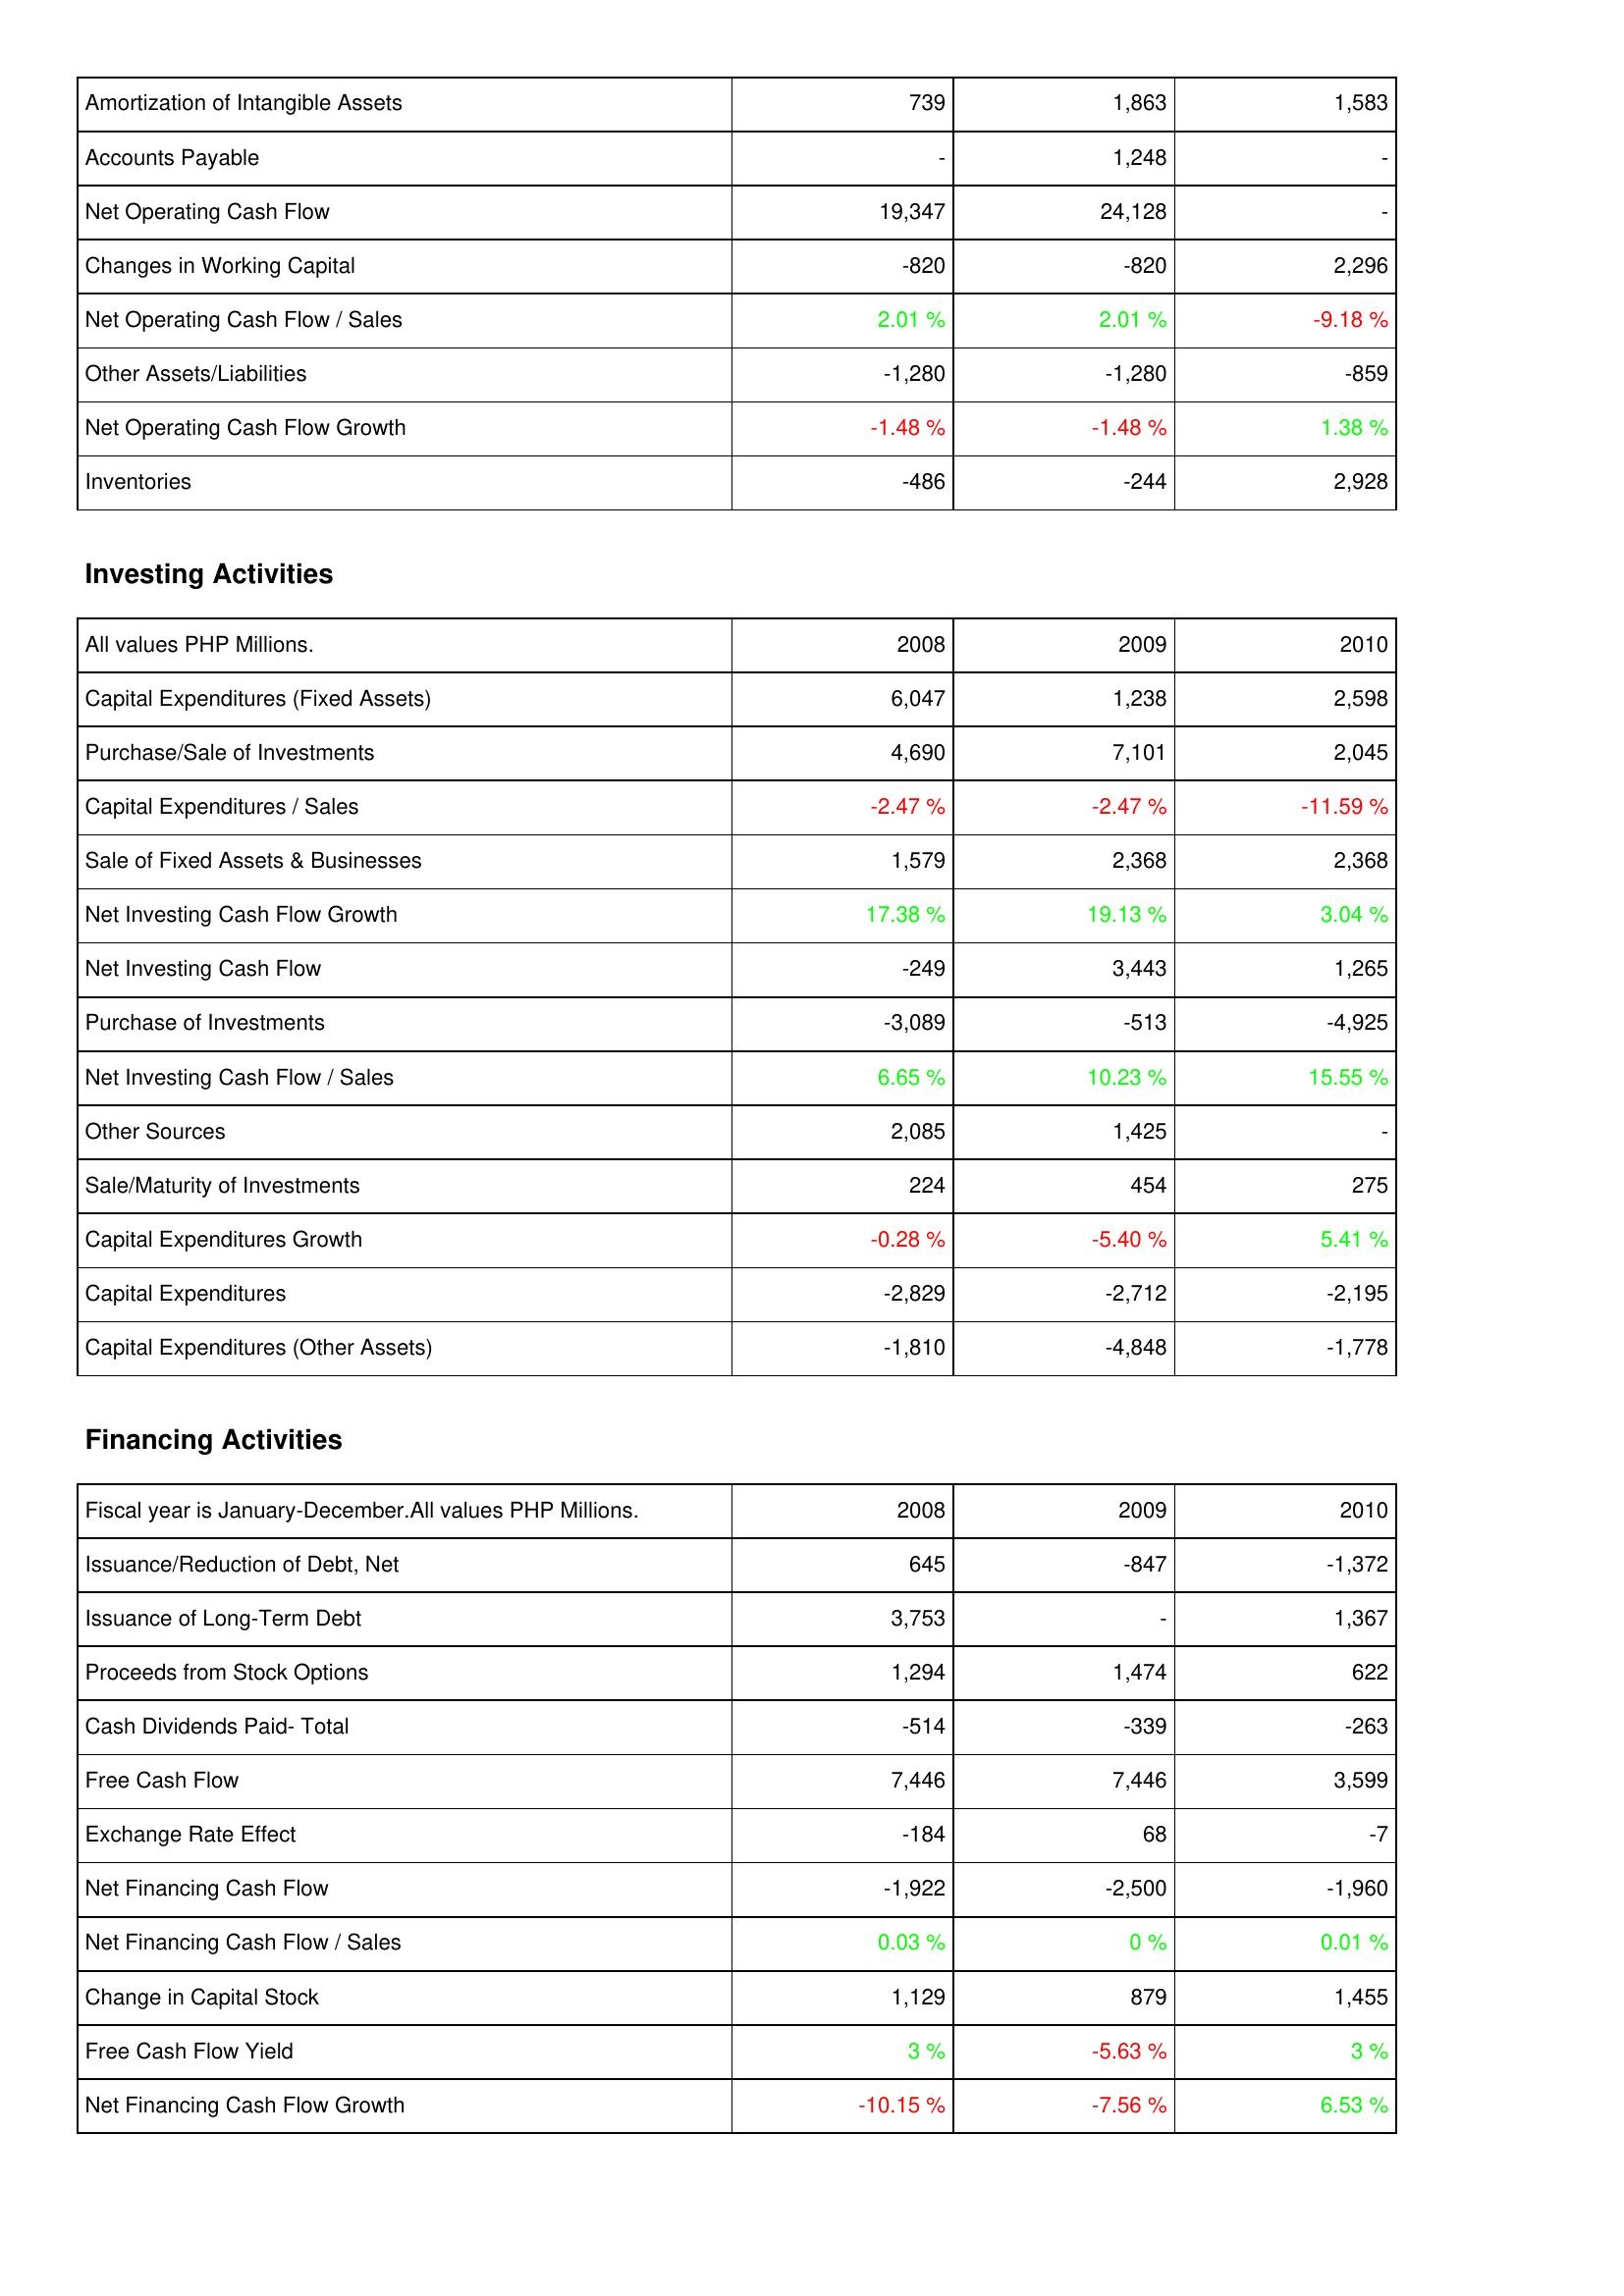
2008: Operating Activities: Amortization of Intangible Assets: 739
Accounts Payable: -
Net Operating Cash Flow: 19,347
Changes in Working Capital: -820
Net Operating Cash Flow / Sales: 2.01 %
Other Assets/Liabilities: -1,280
Net Operating Cash Flow Growth: -1.48 %
Inventories: -486
Investing Activities: Capital Expenditures (Fixed Assets): 6,047
Purchase/Sale of Investments: 4,690
Capital Expenditures / Sales: -2.47 %
Sale of Fixed Assets & Businesses: 1,579
Net Investing Cash Flow Growth: 17.38 %
Net Investing Cash Flow: -249
Purchase of Investments: -3,089
Net Investing Cash Flow / Sales: 6.65 %
Other Sources: 2,085
Sale/Maturity of Investments: 224
Capital Expenditures Growth: -0.28 %
Capital Expenditures: -2,829
Capital Expenditures (Other Assets): -1,810
Financing Activities: Issuance/Reduction of Debt, Net: 645
Issuance of Long-Term Debt: 3,753
Proceeds from Stock Options: 1,294
Cash Dividends Paid- Total: -514
Free Cash Flow: 7,446
Exchange Rate Effect: -184
Net Financing Cash Flow: -1,922
Net Financing Cash Flow / Sales: 0.03 %
Change in Capital Stock: 1,129
Free Cash Flow Yield: 3 %
Net Financing Cash Flow Growth: -10.15 %
2009: Operating Activities: Amortization of Intangible Assets: 1,863
Accounts Payable: 1,248
Net Operating Cash Flow: 24,128
Changes in Working Capital: -820
Net Operating Cash Flow / Sales: 2.01 %
Other Assets/Liabilities: -1,280
Net Operating Cash Flow Growth: -1.48 %
Inventories: -244
Investing Activities: Capital Expenditures (Fixed Assets): 1,238
Purchase/Sale of Investments: 7,101
Capital Expenditures / Sales: -2.47 %
Sale of Fixed Assets & Businesses: 2,368
Net Investing Cash Flow Growth: 19.13 %
Net Investing Cash Flow: 3,443
Purchase of Investments: -513
Net Investing Cash Flow / Sales: 10.23 %
Other Sources: 1,425
Sale/Maturity of Investments: 454
Capital Expenditures Growth: -5.40 %
Capital Expenditures: -2,712
Capital Expenditures (Other Assets): -4,848
Financing Activities: Issuance/Reduction of Debt, Net: -847
Issuance of Long-Term Debt: -
Proceeds from Stock Options: 1,474
Cash Dividends Paid- Total: -339
Free Cash Flow: 7,446
Exchange Rate Effect: 68
Net Financing Cash Flow: -2,500
Net Financing Cash Flow / Sales: 0 %
Change in Capital Stock: 879
Free Cash Flow Yield: -5.63 %
Net Financing Cash Flow Growth: -7.56 %
2010: Operating Activities: Amortization of Intangible Assets: 1,583
Accounts Payable: -
Net Operating Cash Flow: -
Changes in Working Capital: 2,296
Net Operating Cash Flow / Sales: -9.18 %
Other Assets/Liabilities: -859
Net Operating Cash Flow Growth: 1.38 %
Inventories: 2,928
Investing Activities: Capital Expenditures (Fixed Assets): 2,598
Purchase/Sale of Investments: 2,045
Capital Expenditures / Sales: -11.59 %
Sale of Fixed Assets & Businesses: 2,368
Net Investing Cash Flow Growth: 3.04 %
Net Investing Cash Flow: 1,265
Purchase of Investments: -4,925
Net Investing Cash Flow / Sales: 15.55 %
Other Sources: -
Sale/Maturity of Investments: 275
Capital Expenditures Growth: 5.41 %
Capital Expenditures: -2,195
Capital Expenditures (Other Assets): -1,778
Financing Activities: Issuance/Reduction of Debt, Net: -1,372
Issuance of Long-Term Debt: 1,367
Proceeds from Stock Options: 622
Cash Dividends Paid- Total: -263
Free Cash Flow: 3,599
Exchange Rate Effect: -7
Net Financing Cash Flow: -1,960
Net Financing Cash Flow / Sales: 0.01 %
Change in Capital Stock: 1,455
Free Cash Flow Yield: 3 %
Net Financing Cash Flow Growth: 6.53 %